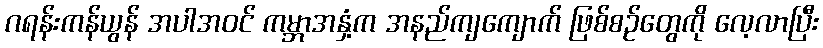
ဂရန်းကန်ယွန် အပါအဝင် ကမ္ဘာအနှံ့က အနည်ကျကျောက် ဖြစ်စဉ်တွေကို လေ့လာပြီး